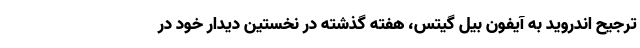
ترجیح اندروید به آیفون بیل گیتس، هفته گذشته در نخستین دیدار خود در